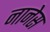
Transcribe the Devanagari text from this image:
नानेस